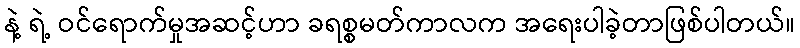
နဲ့ ရဲ့ ဝင်ရောက်မှုအဆင့်ဟာ ခရစ္စမတ်ကာလက အရေးပါခဲ့တာဖြစ်ပါတယ်။